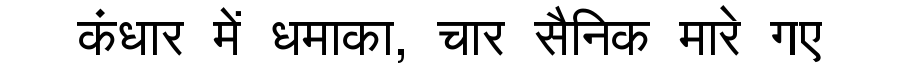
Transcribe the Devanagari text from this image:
कंधार में धमाका, चार सैनिक मारे गए